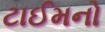
ટાઈમનો